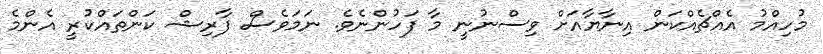
މުހިއްމު އެއްޗެއްކަން އިނާޔާއަށް ވިސްނުނީ މާ ފަހުންނެވެ. ނަމަވެސް ފާރިޝް ކަންތައްކުރީ އެންމެ